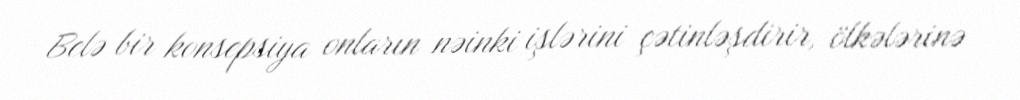
Belə bir konsepsiya onların nəinki işlərini çətinləşdirir, ölkələrinə